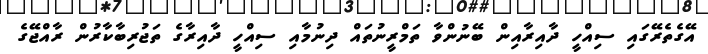
އޭގެތެރޭގައި ސިއްހީ ދާއިރާއިން ބޭނުންވާ ތަމްރީނުތައް ދިނުމާއި ސިއްހީ ދާއިރާގެ ތަޖުރިބާކާރުން ރާއްޖޭގެ